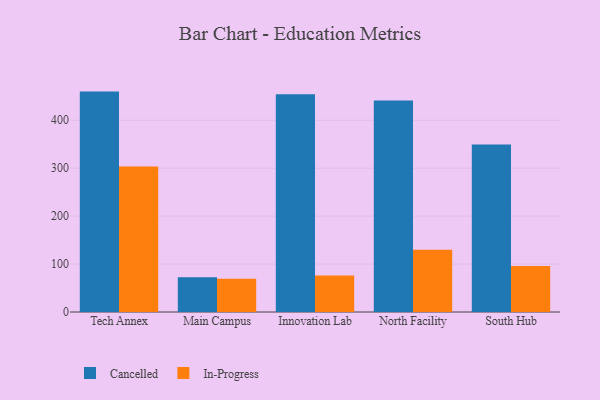
{"axis": {"x": "Campus", "y": "LTV (USD)"}, "legend": ["Cancelled", "In-Progress"], "data": [{"x": "Tech Annex", "y": 459.8, "type": "Cancelled"}, {"x": "Tech Annex", "y": 303.8, "type": "In-Progress"}, {"x": "Main Campus", "y": 72.7, "type": "Cancelled"}, {"x": "Main Campus", "y": 69.4, "type": "In-Progress"}, {"x": "Innovation Lab", "y": 454.5, "type": "Cancelled"}, {"x": "Innovation Lab", "y": 76.1, "type": "In-Progress"}, {"x": "North Facility", "y": 441.2, "type": "Cancelled"}, {"x": "North Facility", "y": 129.7, "type": "In-Progress"}, {"x": "South Hub", "y": 349.2, "type": "Cancelled"}, {"x": "South Hub", "y": 95.8, "type": "In-Progress"}]}